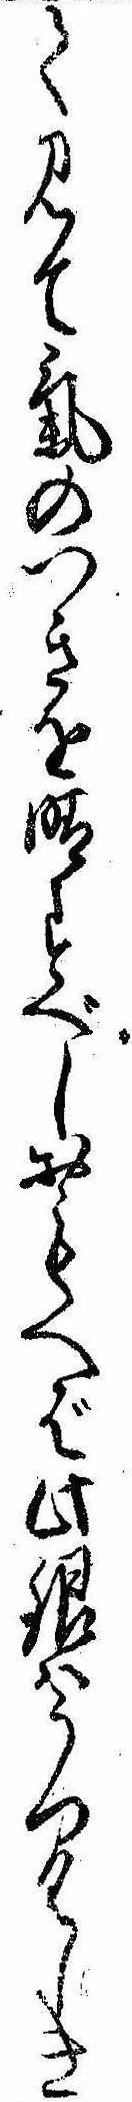
て見て気のつきを晴すべしおもへば此銀はうつくしき